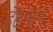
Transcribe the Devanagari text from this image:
डेटाग्राम